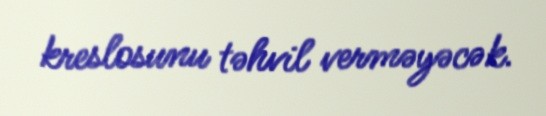
kreslosunu təhvil verməyəcək.